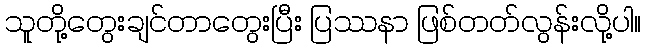
သူတို့တွေးချင်တာတွေးပြီး ပြဿနာ ဖြစ်တတ်လွန်းလို့ပါ။